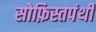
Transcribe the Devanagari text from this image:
सोफ़िस्तपंथी